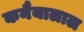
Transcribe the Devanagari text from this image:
कनैयालाल